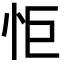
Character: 怇